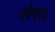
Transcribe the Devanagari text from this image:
सेगा।